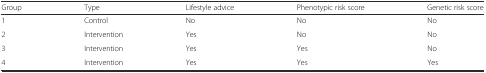
<table><thead><tr><td><b>Group</b></td><td><b>Type</b></td><td><b>Lifestyle advice</b></td><td><b>Phenotypic risk score</b></td><td><b>Genetic risk score</b></td></tr></thead><tbody><tr><td>1</td><td>Control</td><td>No</td><td>No</td><td>No</td></tr><tr><td>2</td><td>Intervention</td><td>Yes</td><td>No</td><td>No</td></tr><tr><td>3</td><td>Intervention</td><td>Yes</td><td>Yes</td><td>No</td></tr><tr><td>4</td><td>Intervention</td><td>Yes</td><td>Yes</td><td>Yes</td></tr></tbody></table>